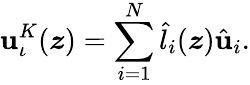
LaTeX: \mathbf{u}_{\iota}^{K}(\boldsymbol{z})=\sum_{i=1}^{N}\hat{{l}}_{i}(\boldsymbol{z})\hat{{\mathbf{u}}}_{i}.